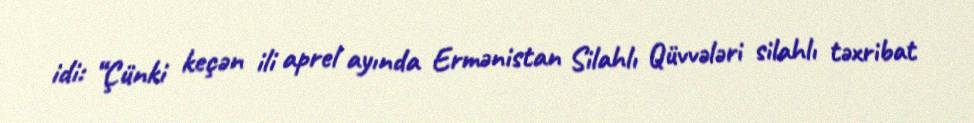
idi: “Çünki keçən ili aprel ayında Ermənistan Silahlı Qüvvələri silahlı təxribat